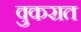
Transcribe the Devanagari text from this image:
वुकरात